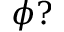
\phi ?